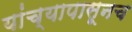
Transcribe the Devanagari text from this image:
यांच्यापासूनच